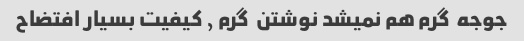
جوجه  گرم هم نمیشد نوشتن  گرم ٫ کیفیت بسیار افتضاح